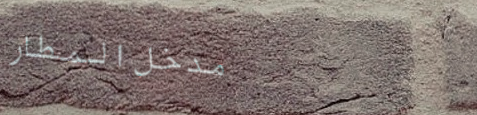
مدخل المطار